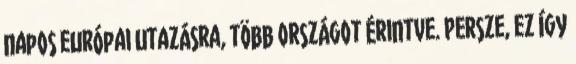
napos európai utazásra, több országot érintve. Persze, ez így